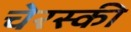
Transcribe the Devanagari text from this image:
चेरस्की